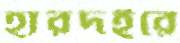
হারদইরে